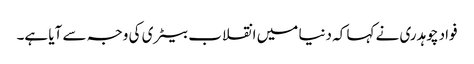
فواد چوہدری نے کہا کہ دنیا میں انقلاب بیٹری کی وجہ سے آیا ہے۔